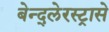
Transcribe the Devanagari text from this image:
बेन्द्लेरस्ट्रासे